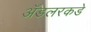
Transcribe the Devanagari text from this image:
ॲडलरकडे